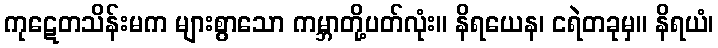
ကုဋေတသိန်းမက များစွာသော ကမ္ဘာတို့ပတ်လုံး။ နိရယေန၊ ငရဲတခုမှ။ နိရယံ၊